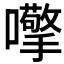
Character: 𱕨